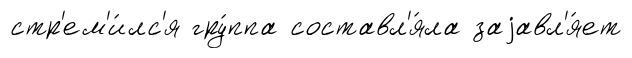
стр'ем'и́лс'я гру́ппа составл'я́ла заjавл'я́ет